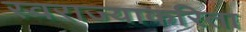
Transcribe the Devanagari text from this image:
स्वराज्याकरिता